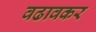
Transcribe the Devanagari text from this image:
वढावकर